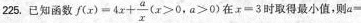
225.已知函数$$f(x)=4x+ \frac{a}{x}(x>0,a>0$$ 在$$x=3$$时取得最小值，则a=